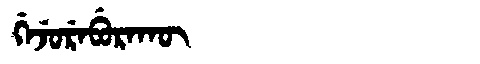
Manchu: ᡤᡝᠵᡠᡵᡝᠪᡠᡵᠠᡴᡡ
Romanization: GEJUREBURAKŪ